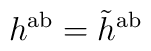
h^{{\rm ab}}=\tilde h^{{\rm ab}}